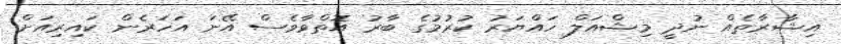
އިޝާރާތެއް ނުދީ މިޝްއަލް ހައްޔަރު ކުރުމުގެ ބާރު އޮތްވާވެސް އޭނަ އަހަރެން ކައިރިއަށް